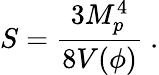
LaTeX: S={\frac{3M_{p}^{4}}{8V(\phi)}}\ .